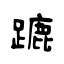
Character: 蹗